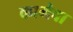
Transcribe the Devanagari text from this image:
कामेवा